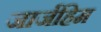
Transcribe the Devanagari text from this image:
जार्जहिम